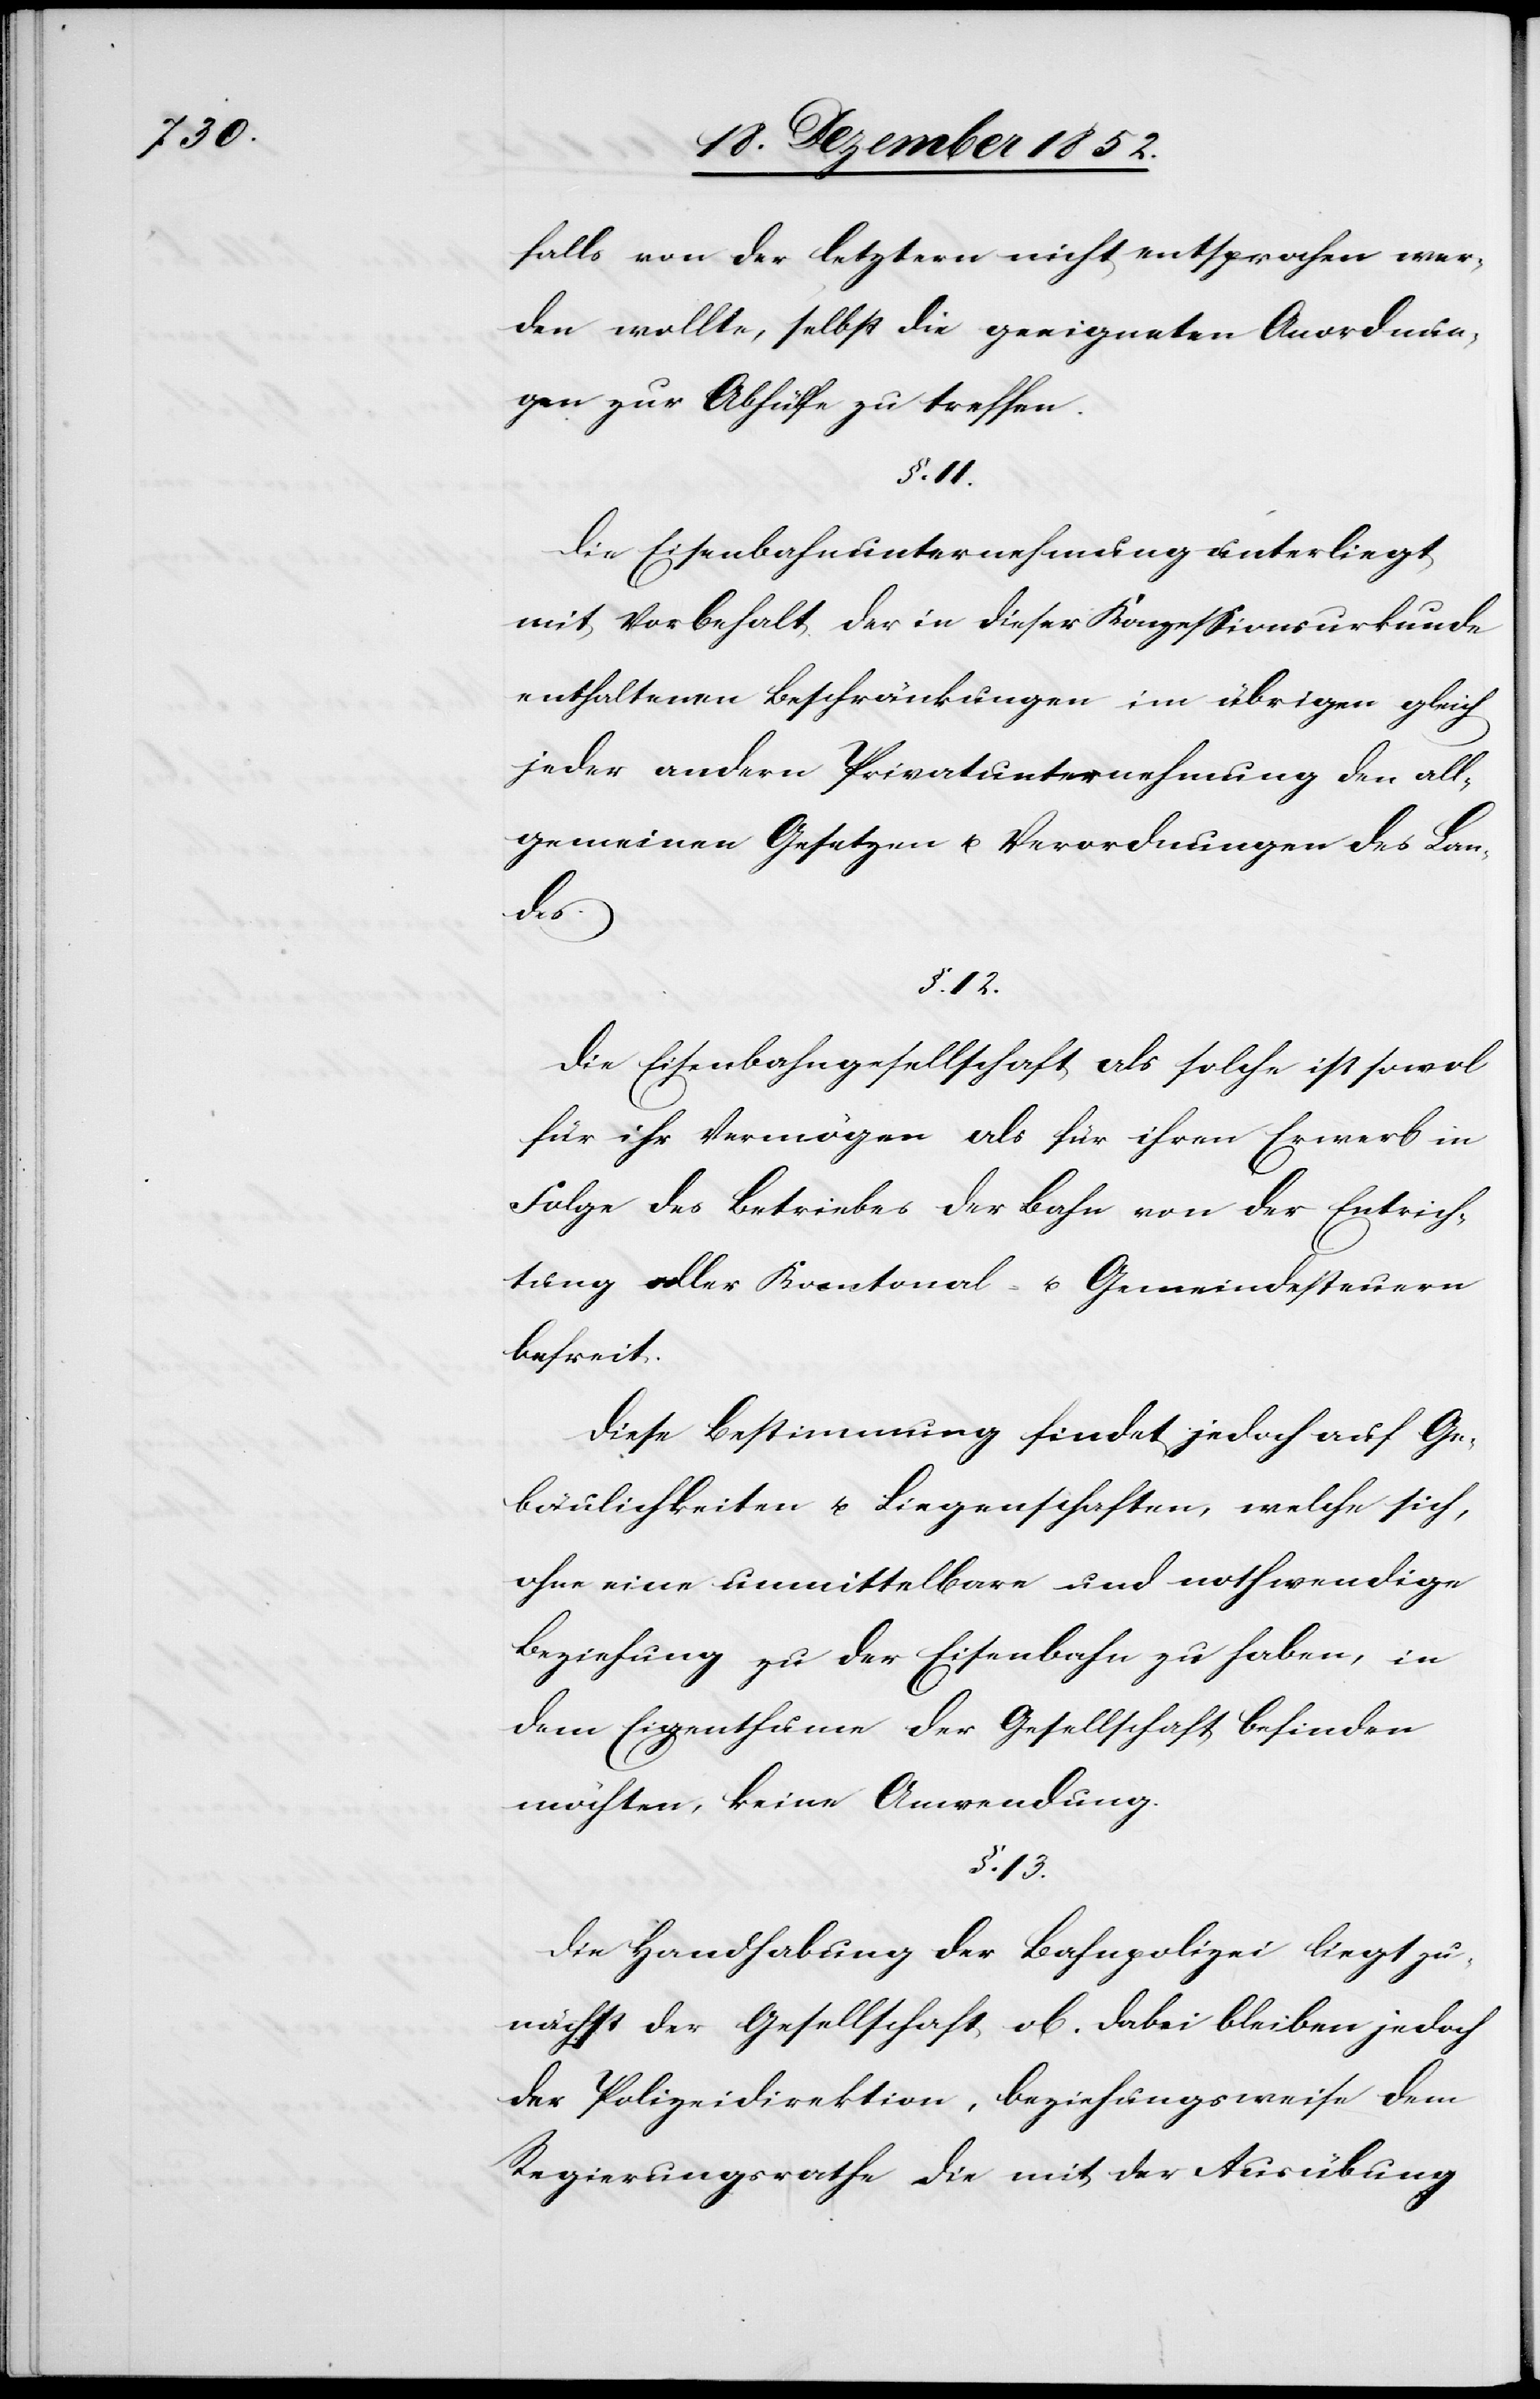
falls von der letztern nicht entsprochen wer¬
den wollte, selbst die geeigneten Anordnun¬
gen zur Abhülfe zu treffen.
§. 11.
Die Eisenbahnunternehmung unterliegt
mit Vorbehalt der in dieser Konzessionsurkunde
enthaltenen Beschränkungen im übrigen gleich
jeder andern Privatunternehmung den all¬
gemeinen Gesetzen u. Verordnungen des La¬
ndes.
§. 12.
Die Eisenbahngesellschaft als solche ist sowol
für ihr Vermögen als für ihren Erwerb in
Folge des Betriebes der Bahn von der Entrich¬
tung aller Kantonal- u. Gemeindesteuern
befreit.
Diese Bestimmung findet jedoch auf Ge¬
bäulichkeiten u. Liegenschaften, welche sich,
ohne eine unmittelbare und nothwendige
Beziehung zu der Eisenbahn zu haben, in
dem Eigenthume der Gesellschaft befinden
möchten, keine Anwendung.
§. 13.
Die Handhabung der Bahnpolizei liegt zu¬
nächst der Gesellschaft ob. Dabei bleiben jedoch
der Polizeidirektion, beziehungsweise dem
Regierungsrathe die mit der Ausübung